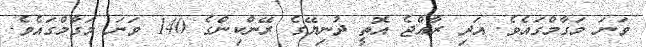
ވަނަ މަގާމްގައެވެ. އަދި ރާއްޖެ އޮތީ ދުނިޔޭގެ ރޭންކިންގެ 140 ވަނަ މަގާމްގައެވެ.